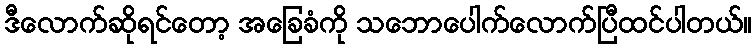
ဒီလောက်ဆိုရင်တော့ အခြေခံကို သဘောပေါက်လောက်ပြီထင်ပါတယ်။